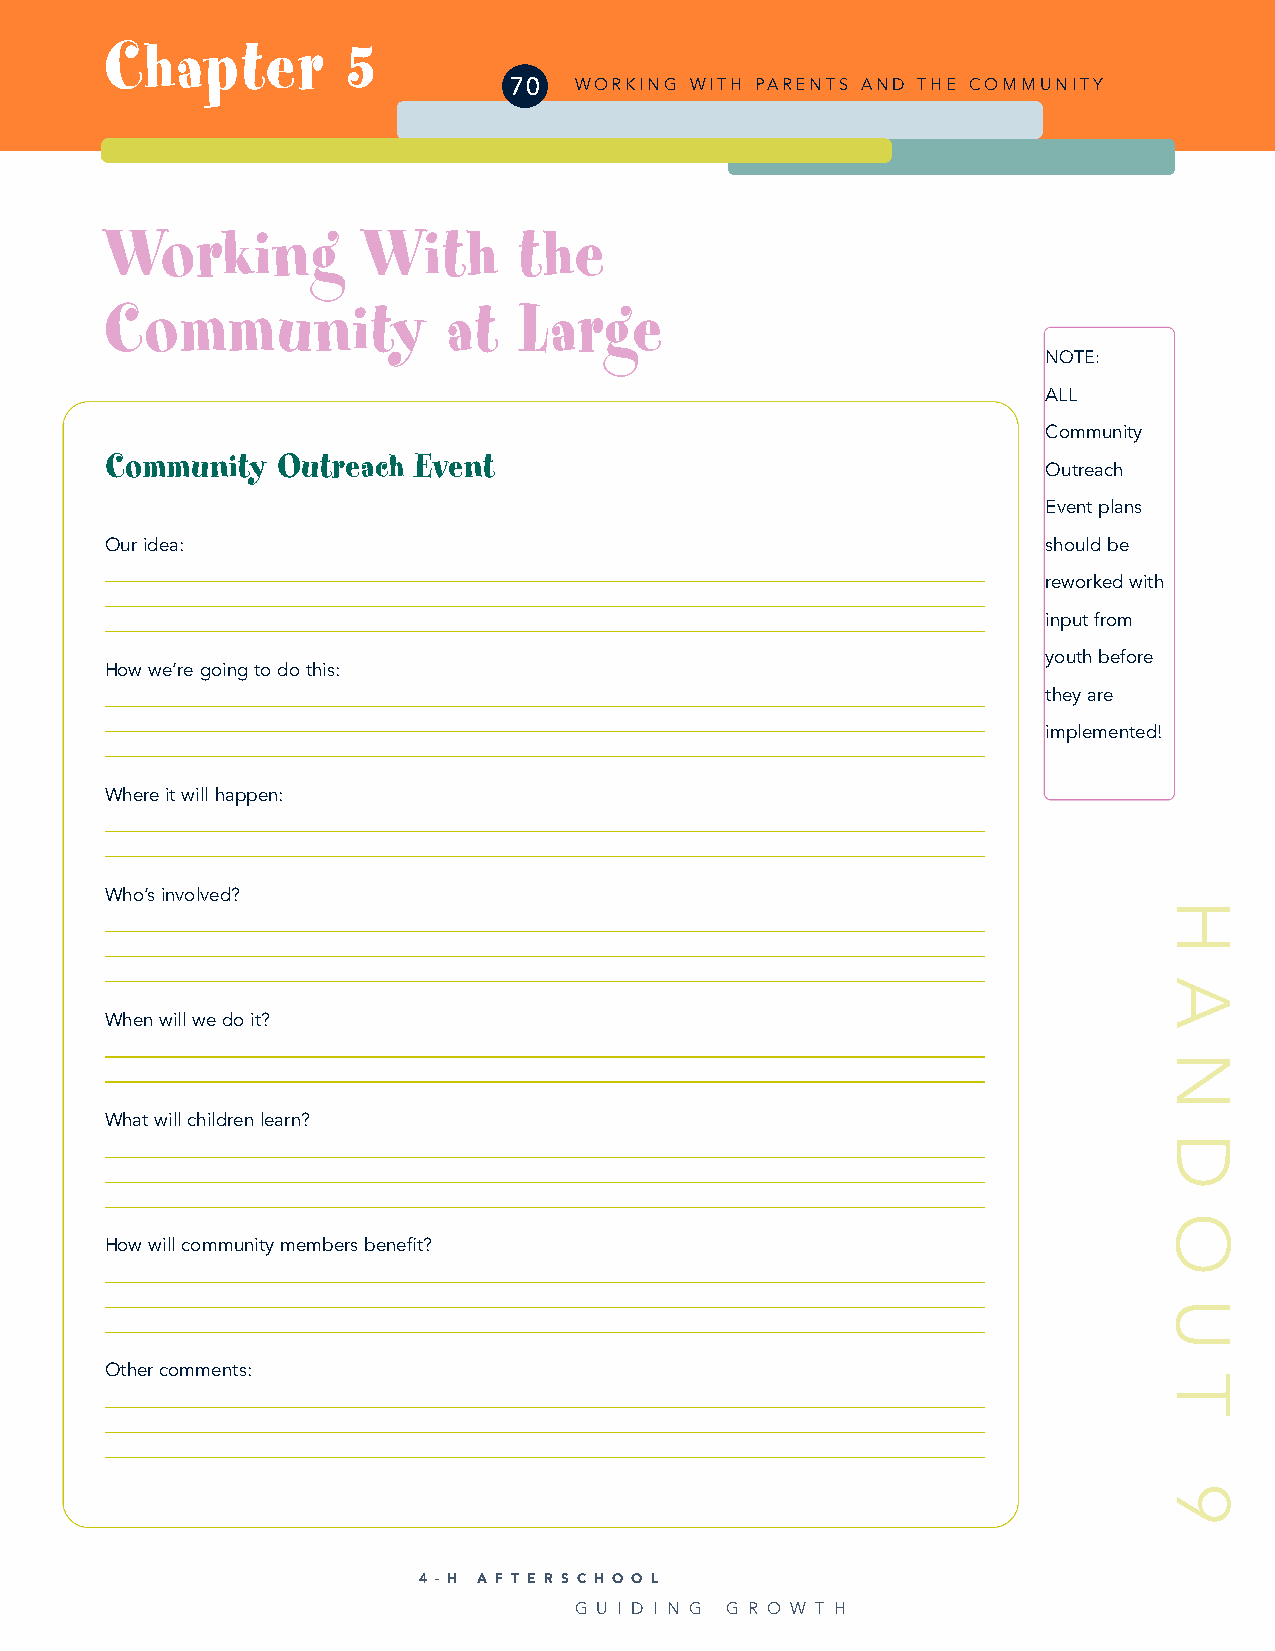
Chapter         5
 70  WORKING WITH PARENTS AND THE COMMUNITY
 Working          With      the
 Community              at  Large
 NOTE:
 ALL
 Community
 Community  Outreach Event
 Outreach
 Event plans
 Our idea:                                                     should be
 reworked with
 input from
 youth before
 How we’re going to do this:
 they are
 implemented!
 Where it will happen:
 Who’s involved?
 When will we do it?
 What will children learn?
 How will community members benefit?
 Other comments:
 4 - H A F T E R S C H O O L
 G U I D I N G G R O W T H
 H
 A
 N
 D
 O
 U
 T
 9